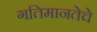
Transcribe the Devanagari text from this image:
गतिमानतेचे